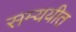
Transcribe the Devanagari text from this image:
सम्ययीत